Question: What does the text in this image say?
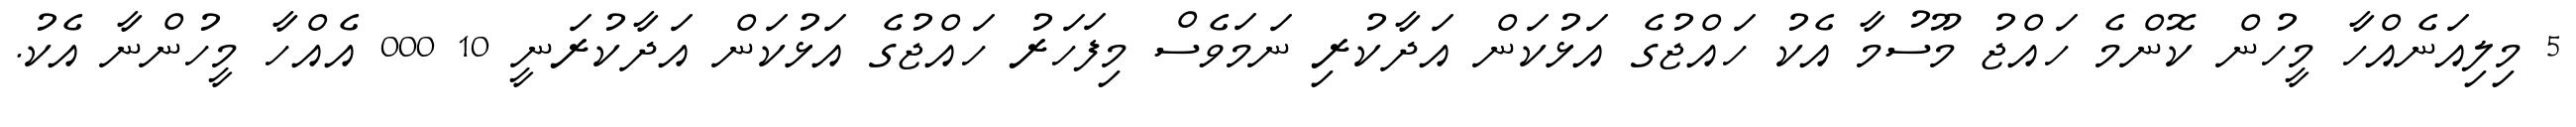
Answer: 5 މިލިއަނެއްހާ މީހުން ކޮންމެ ހައްޖު މޫސުމާ އެކު ހައްޖުގެ އަޅުކަން އަދާކުރި ނަމަވެސް މިފަހަރު ހައްޖުގެ އަޅުކަން އަދާކުރަނީ 10 000 އެއްހާ މީހުންނާ އެކު.